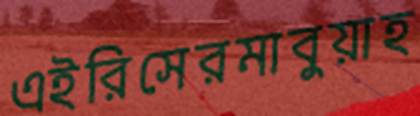
এইরিসেরমাবুয়াহ